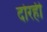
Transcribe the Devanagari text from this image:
दोरही